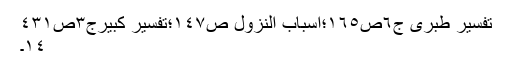
تفسیر طبری ج٦ص١٦٥؛اسباب النزول ص١٤٧؛تفسیر کبیرج٣ص٤٣١
١٤۔